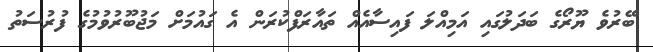
ބޭރުވެ ޔޫރޯގެ ބަދަލުގައި އަމިއްލަ ފައިސާއެއް ތައާރަފްކުރަން އެ ގައުމަށް މަޖުބޫރުވުމުގެ ފުރުސަތު